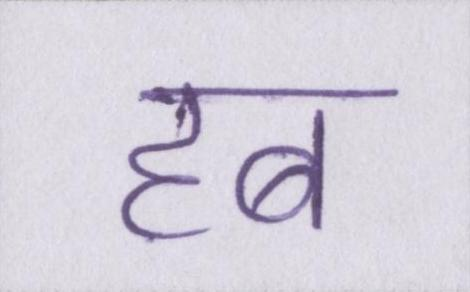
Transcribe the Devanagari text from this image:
हब